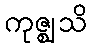
ကုဇ္ဈသိ